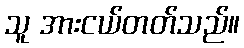
သူ အားငယ်တတ်သည်။